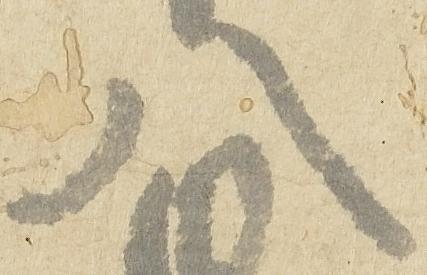
八